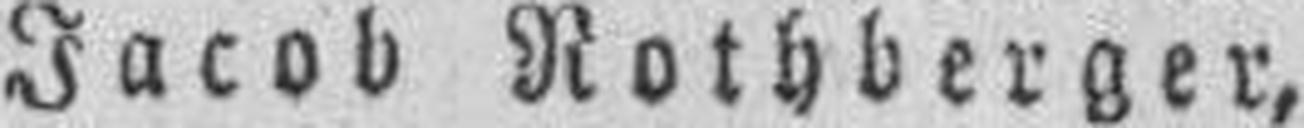
Jacob Rothberger,